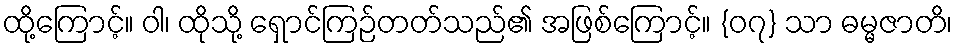
ထို့ကြောင့်။ ဝါ၊ ထိုသို့ ရှောင်ကြဉ်တတ်သည်၏ အဖြစ်ကြောင့်။ {၀၇} သာ ဓမ္မဇာတိ၊